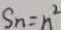
S _ { n } = n ^ { 2 }